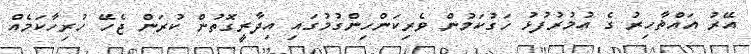
އޭރު އައްޡާހިރު ގެ އުމުރުފުޅު ހަގުކަމުން ވެރިކަންހިންގުމުގައި އިދާރީގޮތުން ކުރަން ޖެހޭ ހުރިހާކަމެއް